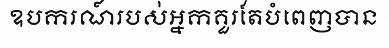
ឧបករណ៍របស់អ្នកគួរតែបំពេញបាន